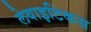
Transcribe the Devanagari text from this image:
लेवाइटिकस